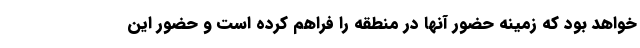
خواهد بود که زمینه حضور آنها در منطقه را فراهم کرده است و حضور این